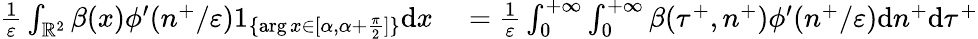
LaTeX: \begin{array}{rl}{\frac{1}{\varepsilon}\int_{\mathbb{R}^{2}}\beta(x)\phi^{\prime}(n^{+}/\varepsilon)1_{\{ \arg x\in[\alpha,\alpha+\frac{\pi}{2}]\} }\textrm{d}x}&{{}=\frac{1}{\varepsilon}\int_{0}^{+\infty}\int_{0}^{+\infty}\beta(\tau^{+},n^{+})\phi^{\prime}(n^{+}/\varepsilon)\textrm{d}n^{+}\textrm{d}\tau^{+}}\end{array}